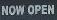
now